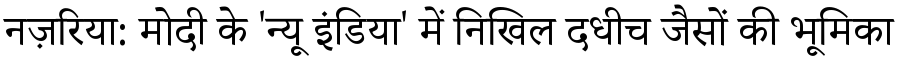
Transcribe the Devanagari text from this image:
नज़रिया: मोदी के 'न्यू इंडिया' में निखिल दधीच जैसों की भूमिका